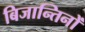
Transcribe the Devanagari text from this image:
बिजान्तिनों